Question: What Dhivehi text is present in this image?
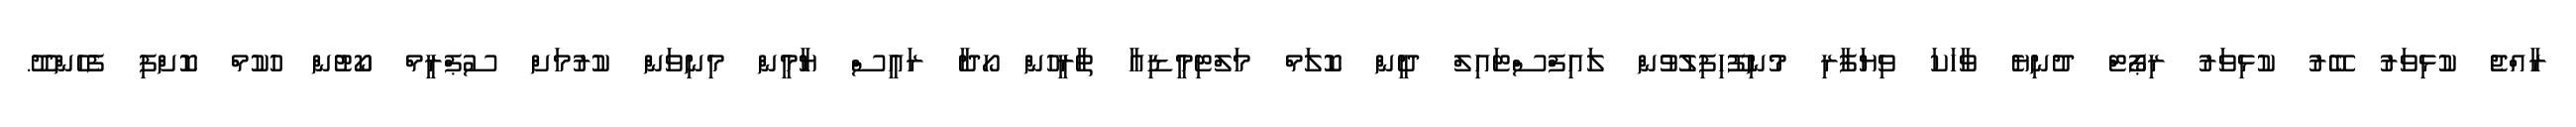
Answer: ރާއްޖެ ކުޅިވަރު ބޭރު ކުޅިވަރު ރިޕޯޓް ދުނިޔެ ވާހަކަ ވިޔަފާރި މުނިފޫހިފިލުވުން ލައިފްސްޓައިލް ދީން ކޮލަމް މަލްޓިމީޑިއާ ތާރީހުން ހޯދާ ރައީސް ޔާމީން މިނިވަން ކުރުމަށް ސުޕްރީމް ކޯޓުން ހުކުމް ކޮށްފި ފެހެންދޫ.